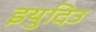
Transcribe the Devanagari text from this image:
इयुदिउ